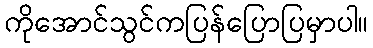
ကိုအောင်သွင်ကပြန်ပြောပြမှာပါ။